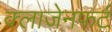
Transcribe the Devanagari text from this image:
क्लाजेनफर्ट